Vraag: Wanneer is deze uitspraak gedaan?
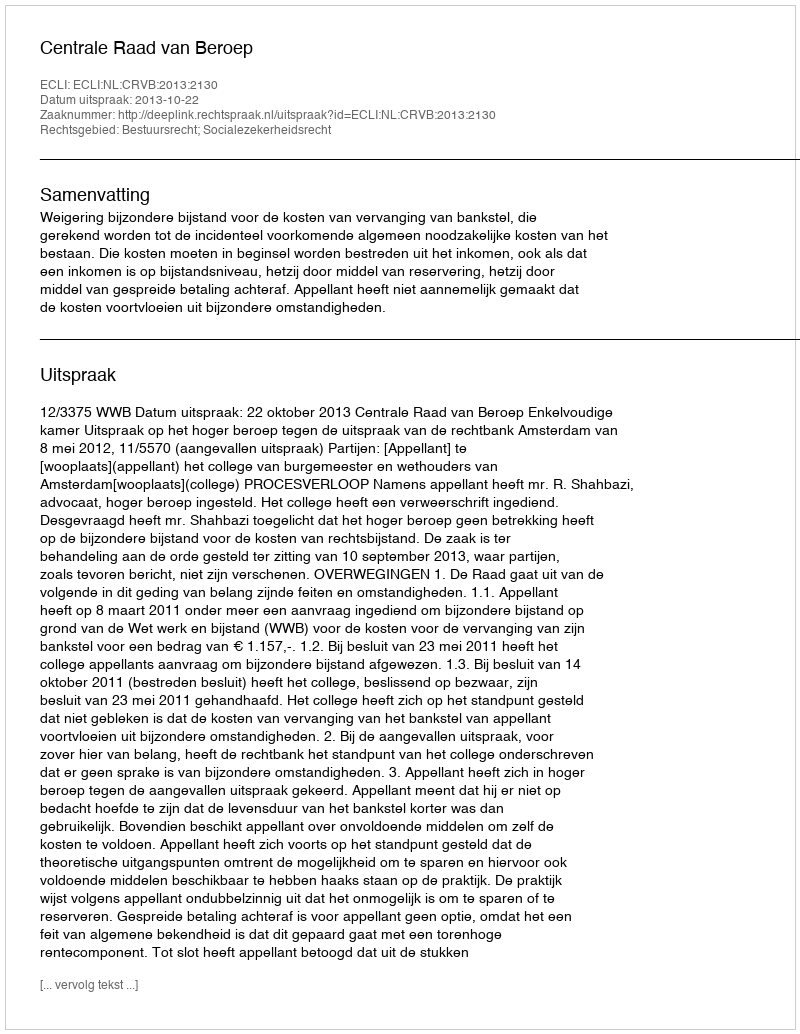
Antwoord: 2013-10-22